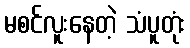
မစင်လူးနေတဲ့ သံပူတုံး